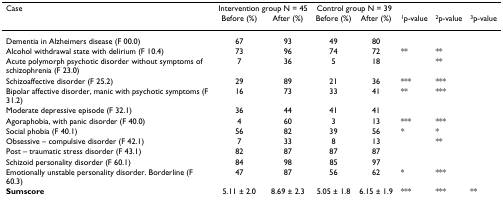
| Case | <COLSPAN=2> Intervention group N = 45 | <COLSPAN=2> Control group N = 39 |  |  |  |
 |  | Before (%) | After (%) | Before (%) | After (%) | 1p-value | 2p-value | 3p-value |
 | --- | --- | --- | --- | --- | --- | --- | --- |
 | Dementia in Alzheimers disease (F 00.0) | 67 | 93 | 49 | 80 |  |  |  |
 | Alcohol withdrawal state with delirium (F 10.4) | 73 | 96 | 74 | 72 | ** | ** |  |
 | Acute polymorph psychotic disorder without symptoms of schizophrenia (F 23.0) | 7 | 36 | 5 | 18 |  | ** |  |
 | Schizoaffective disorder (F 25.2) | 29 | 89 | 21 | 36 | *** | *** |  |
 | Bipolar affective disorder, manic with psychotic symptoms (F 31.2) | 16 | 73 | 33 | 41 | ** | *** |  |
 | Moderate depressive episode (F 32.1) | 36 | 44 | 41 | 41 |  |  |  |
 | Agoraphobia, with panic disorder (F 40.0) | 4 | 60 | 3 | 13 | *** | *** |  |
 | Social phobia (F 40.1) | 56 | 82 | 39 | 56 | * | * |  |
 | Obsessive – compulsive disorder (F 42.1) | 7 | 33 | 8 | 13 |  | ** |  |
 | Post – traumatic stress disorder (F 43.1) | 82 | 87 | 87 | 87 |  |  |  |
 | Schizoid personality disorder (F 60.1) | 84 | 98 | 85 | 97 |  |  |  |
 | Emotionally unstable personality disorder. Borderline (F 60.3) | 47 | 87 | 56 | 62 | * | *** |  |
 | Sumscore | 5.11 ± 2.0 | 8.69 ± 2.3 | 5.05 ± 1.8 | 6.15 ± 1.9 | *** | *** | ** |